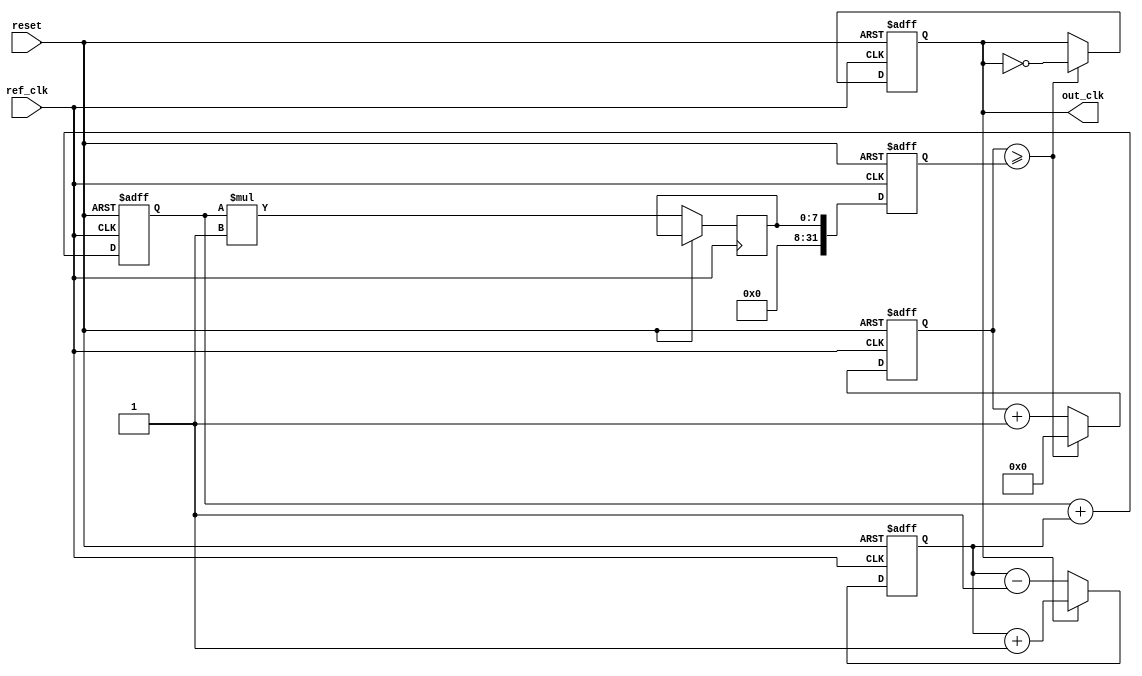
module DPLL (
    input wire ref_clk,         // Reference clock input
    input wire reset,          // Reset signal
    output reg out_clk         // Output clock signal
);

    // Parameters
    parameter MEMORY_SIZE = 16;  // Size of memory block
    parameter FILTER_ORDER = 2;   // Order of loop filter
    parameter VCO_GAIN = 1;       // VCO gain

    // Internal variables
    reg [MEMORY_SIZE-1:0] phase_memory; // Memory block for phase differences
    reg [7:0] phase_error;        // Error signal from phase detector
    reg [7:0] filter_output;      // Output of loop filter
    reg [7:0] vco_control;        // Control voltage for VCO
    reg [31:0] vco_counter;       // VCO counter for generating out_clk
    reg [31:0] vco_frequency;     // Current frequency of VCO

    // Phase Detector
    always @(posedge ref_clk or posedge reset) begin
        if (reset) begin
            phase_error <= 8'b0;
        end else begin
            // Example phase detection logic (depends on your usage context)
            // For simplicity, let's compare edges of ref_clk and out_clk
            if (out_clk) begin
                phase_error <= phase_error + 1;  // Increment if out_clk leads ref_clk
            end else begin
                phase_error <= phase_error - 1;  // Decrement if ref_clk leads out_clk
            end
            // Store phase error to memory
            phase_memory <= {phase_memory[MEMORY_SIZE-2:0], phase_error};
        end
    end

    // Loop Filter
    always @(posedge ref_clk or posedge reset) begin
        if (reset) begin
            filter_output <= 8'b0;
        end else begin
            // Simple Integrator for Loop Filter
            filter_output <= filter_output + phase_error; // Replace with your filter implementation
        end
    end

    // Voltage-Controlled Oscillator (VCO)
    always @(posedge ref_clk or posedge reset) begin
        if (reset) begin
            vco_counter <= 32'b0;
            out_clk <= 1'b0;
            vco_frequency <= 32'h00000001; // Initial frequency
        end else begin
            vco_control <= filter_output * VCO_GAIN; // Control voltage
            vco_frequency <= vco_control; // Update VCO frequency
            
            // Generate output clock based on VCO frequency
            vco_counter <= vco_counter + 1;
            if (vco_counter >= vco_frequency) begin
                out_clk <= ~out_clk; // Toggle output clock
                vco_counter <= 32'b0; // Reset counter
            end
        end
    end

endmodule